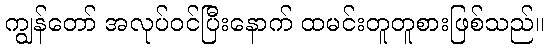
ကျွန်တော် အလုပ်ဝင်ပြီးနောက် ထမင်းတူတူစားဖြစ်သည်။